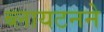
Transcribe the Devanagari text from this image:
ब्लायटनने